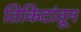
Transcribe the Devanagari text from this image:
तिकिटांतून